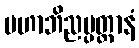
မဟာဘိညပ္ပတ္တာနံ